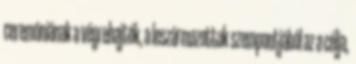
ceremóniának a végrehajtók, a leszármazottak szempontjából az a célja,